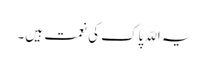
یہ اللّہ پاک کی نعمت ہیں۔